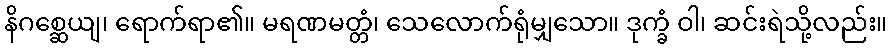
နိဂစ္ဆေယျ၊ ရောက်ရာ၏။ မရဏမတ္တံ၊ သေလောက်ရုံမျှသော။ ဒုက္ခံ ဝါ၊ ဆင်းရဲသို့လည်း။